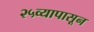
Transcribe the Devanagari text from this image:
२५व्यापासून